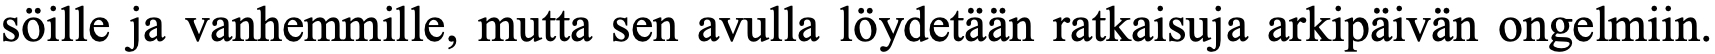
söille ja vanhemmille, mutta sen avulla löydetään ratkaisuja arkipäivän ongelmiin.